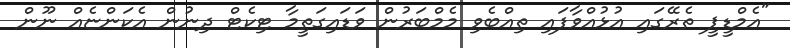
"އެމްޑީޕީ ތެރޭގައި އުޅުއްވާފައި ތިއްބެވި މެމްބަރުން ވަޑައިގަތީމާ ޓިކެޓް ދިނުން އެކަންޏެއް ނޫން